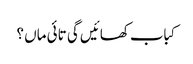
کباب کھائیں گی تائی ماں ؟